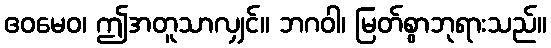
ဧဝမေဝ၊ ဤအတူသာလျှင်။ ဘဂဝါ၊ မြတ်စွာဘုရားသည်။